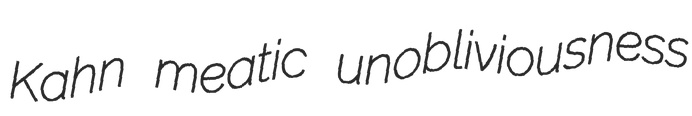
Kahn meatic unobliviousness